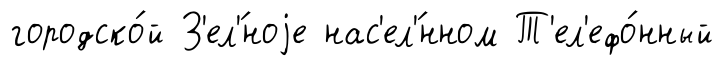
городско́й З'ел'́ноjе нас'ел'́нном Т'ел'ефо́нный